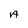
Character: A